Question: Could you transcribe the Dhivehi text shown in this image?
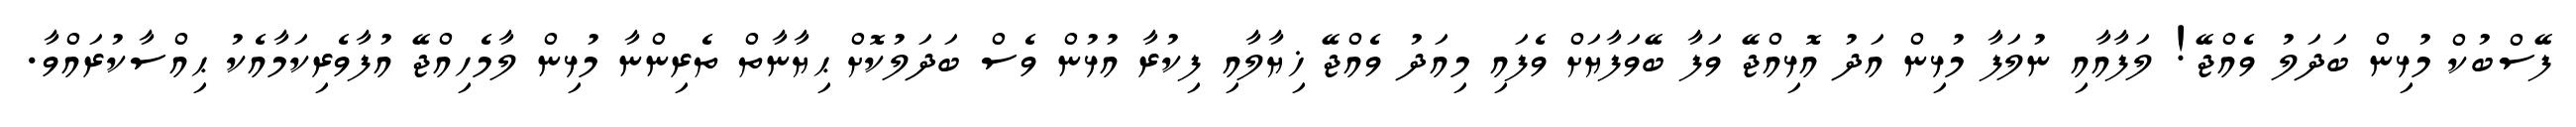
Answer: ފޭސްބުކް މުޅިން ބަދަލު ވެއްޖޭ! ލަފާއާއި ނުލަފާ މުޅިން އަދު އޮޅިއްޖޭ ވަފާ ބޭވަފާޔަށް ވެފައި މިއަދު ވެއްޖޭ ޚިޔާލާއި ފިކުރާ އުޅުން ވެސް ބަދަލުކޮށް ޙިޔާނާތް ތެރިންނާ މުޅިން ލާމެހިއްޖޭ އުފާވެރިކަމާއެކު ޙިއްސާކުރައްވާ.